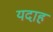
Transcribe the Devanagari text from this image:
यदाह